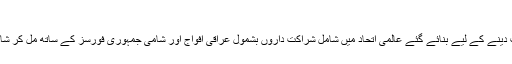
داعش کے زیرقبضہ علاقے کی آزادی پر صدر کا بیان – تراجم
مجھے یہ اعلان کرتے ہوئے خوشی ہے کہ امریکہ نے داعش کو شکست دینے کے لیے بنائے گئے عالمی اتحاد میں شامل شراکت داروں بشمول عراقی افواج اور شامی جمہوری فورسز کے ساتھ مل کر شام اور عراق میں داعش کی ”خلافت” کا 100 فیصد علاقہ آزاد کرا لیا ہے۔